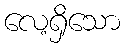
လေ့ရှိသော